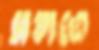
সলতে